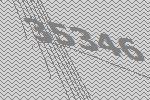
35346